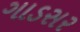
ગાડસર